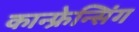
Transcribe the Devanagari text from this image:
कान्फ्रेन्सिंग